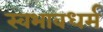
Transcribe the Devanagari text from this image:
स्वभावधर्म